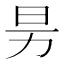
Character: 𰅊